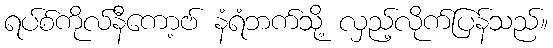
ရပ်စ်ကိုလ်နီကော့ဗ် နံရံဘက်သို့ လှည့်လိုက်ပြန်သည်။